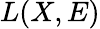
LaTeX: L(X,E)